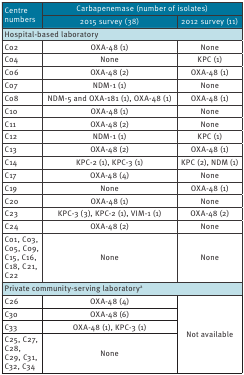
| <ROWSPAN=2> Centre numbers | <COLSPAN=2> Carbapenemase (number of isolates) |
 | 2015 survey (38) | 2012 survey (11) |
 | --- | --- | --- |
 | <COLSPAN=3> Hospital-based laboratory |
 | C02 | OXA-48 (1) | None |
 | C04 | None | KPC (1) |
 | C06 | OXA-48 (2) | OXA-48 (1) |
 | C07 | NDM-1 (1) | None |
 | C08 | NDM-5 and OXA-181 (1), OXA-48 (1) | OXA-48 (1) |
 | C10 | OXA-48 (1) | None |
 | C11 | OXA-48 (2) | None |
 | C12 | NDM-1 (1) | KPC (1) |
 | C13 | OXA-48 (2) | OXA-48 (1) |
 | C14 | KPC-2 (1), KPC-3 (1) | KPC (2), NDM (1) |
 | C17 | OXA-48 (4) | None |
 | C19 | None | OXA-48 (1) |
 | C20 | OXA-48 (1) | None |
 | C23 | KPC-3 (3), KPC-2 (1), VIM-1 (1) | OXA-48 (2) |
 | C24 | OXA-48 (2) | None |
 | C01, C03, C05, C09, C15, C16, C18, C21, C22 | None | None |
 | <COLSPAN=3> Private community-serving laboratorya |
 | C26 | OXA-48 (4) | <ROWSPAN=4> Not available |
 | C30 | OXA-48 (6) |
 | C33 | OXA-48 (1), KPC-3 (1) |
 | C25, C27, C28, C29, C31, C32, C34 | None |